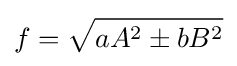
f={\sqrt {aA^{2}\pm bB^{2}}}